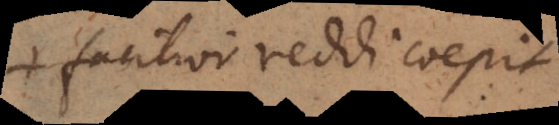
facilior reddi coepit,